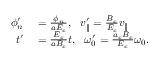
\begin{array} { r l } { \phi _ { n } ^ { \prime } } & { { } = \frac { \phi _ { n } } { a E _ { c } } , \ \ v _ { \parallel } ^ { \prime } = \frac { B _ { c } } { E _ { c } } v _ { \parallel } } \\ { t ^ { \prime } } & { { } = \frac { E _ { c } } { a B _ { c } } t , \ \ \omega _ { 0 } ^ { \prime } = \frac { a _ { c } B _ { c } } { E _ { c } } \omega _ { 0 } . } \end{array}